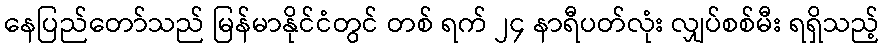
နေပြည်တော်သည် မြန်မာနိုင်ငံတွင် တစ် ရက် ၂၄ နာရီပတ်လုံး လျှပ်စစ်မီး ရရှိသည့်